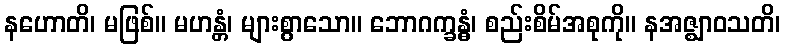
နဟောတိ၊ မဖြစ်။ မဟန္တံ၊ များစွာသော။ ဘောဂက္ခန္ဓံ၊ စည်းစိမ်အစုကို။ နအဇ္ဈာဝသတိ၊